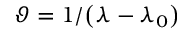
\displaystyle \vartheta = 1 / \bigl ( \lambda - \lambda _ { 0 } \bigr )